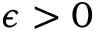
\epsilon > 0